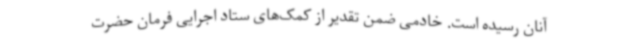
آنان رسیده است. خادمی ضمن تقدیر از کمک‌های ستاد اجرایی فرمان حضرت